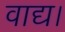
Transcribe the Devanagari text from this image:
वाद्य।